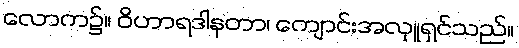
လောက၌။ ဝိဟာရဒါနတာ၊ ကျောင်းအလှူရှင်သည်။